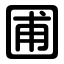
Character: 圃